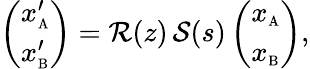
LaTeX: \left(\begin{array}{l}{x_{\mathrm{\scriptscriptstyle A}}^{\prime}}\\ {x_{\mathrm{\scriptscriptstyle B}}^{\prime}}\end{array}\right)=\mathcal{R}(z)\, \mathcal{S}(s)\left(\begin{array}{l}{x_{\mathrm{\scriptscriptstyle A}}}\\ {x_{\mathrm{\scriptscriptstyle B}}}\end{array}\right),